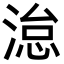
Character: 𪶩